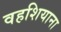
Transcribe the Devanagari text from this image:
वहशियाना